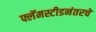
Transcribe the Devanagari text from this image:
फ्लॅमस्टीडनंतरचे